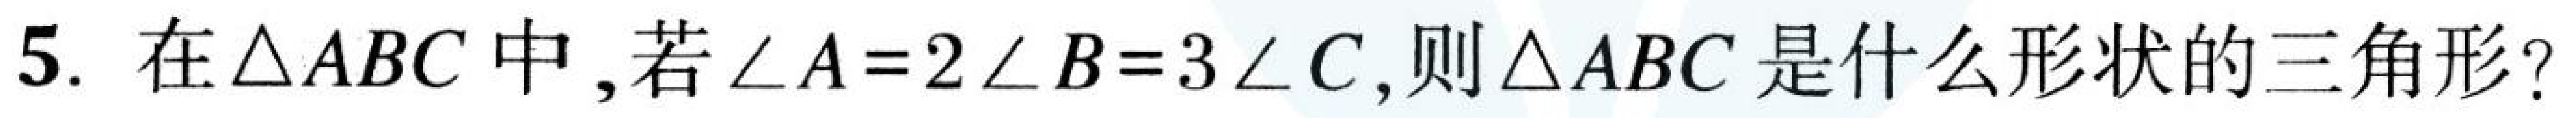
5. 在\(\triangle ABC\)中, 若\(\angle A = 2\angle B = 3\angle C\), 则\(\triangle ABC\)是什么形状的三角形?